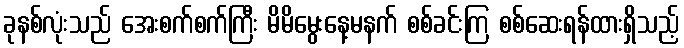
ခုနစ်လုံးသည် အေးစက်စက်ကြီး မိမိမွေးနေ့မနက် စစ်ခင်းကြ စစ်ဆေးရန်ထားရှိသည့်